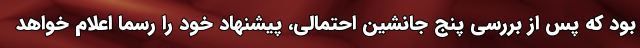
بود که پس از بررسی پنج جانشین احتمالی، پیشنهاد خود را رسما اعلام خواهد